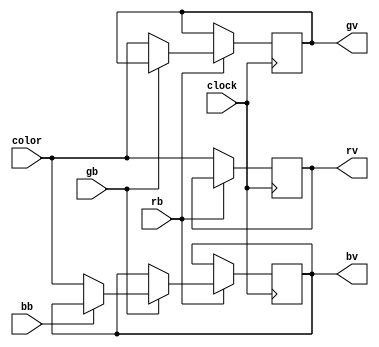
module colors(

	input  clock, rb, gb, bb,
	input [3:0] color,
	output reg [3:0] rv, gv, bv

);

always @(posedge clock) begin

	if(~rb)
	
		rv <= color;
		
		else if(~gb)
			
			gv <= color;
			
				else if(~bb)
				
					bv <= color;
					
end

endmodule